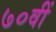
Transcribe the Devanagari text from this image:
७०वीं